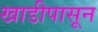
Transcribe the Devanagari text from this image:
खाडीपासून